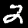
Label: 2